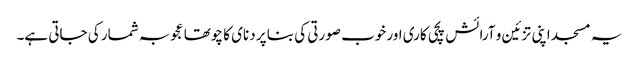
یہ مسجد اپنی تزئین و آرائش پچی کاری اور خوب صورتی کی بنا پر دنای کا چوتھا عجوبہ شمار کی جاتی ہے۔